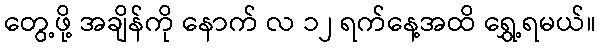
တွေ့ဖို့ အချိန်ကို နောက် လ ၁၂ ရက်နေ့အထိ ရွှေ့ရမယ်။